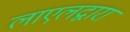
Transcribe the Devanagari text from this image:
लाएलद्वारा